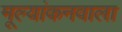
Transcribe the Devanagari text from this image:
मूल्यांकनवाला